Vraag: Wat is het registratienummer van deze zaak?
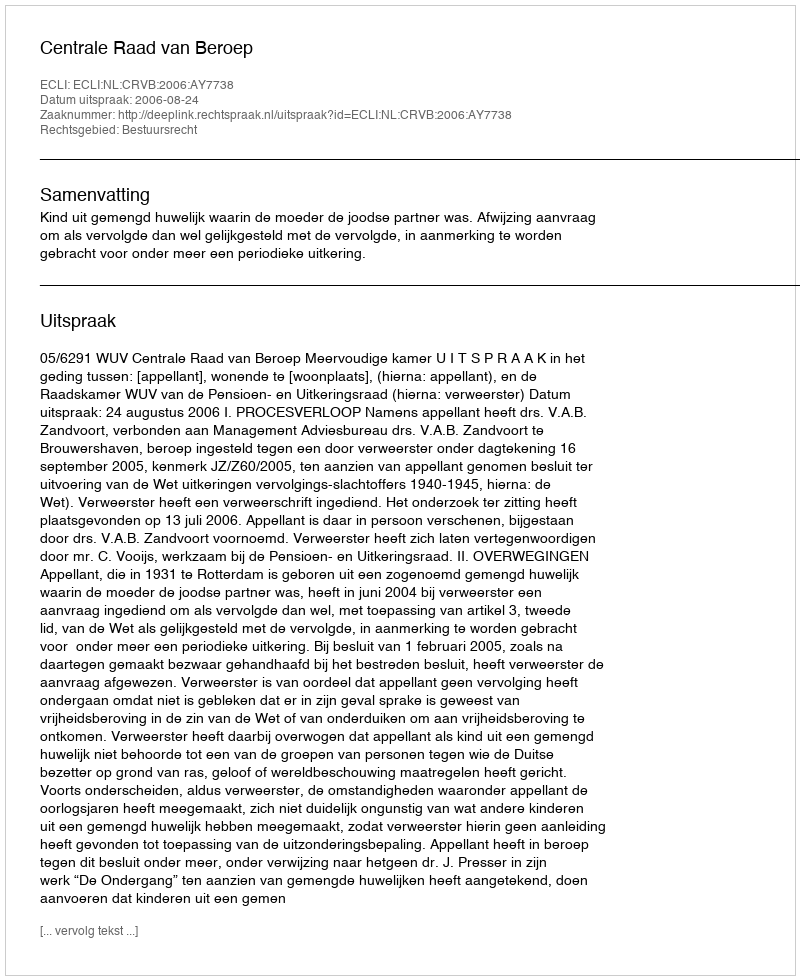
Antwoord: http://deeplink.rechtspraak.nl/uitspraak?id=ECLI:NL:CRVB:2006:AY7738